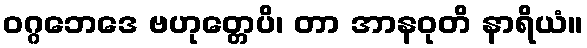
ဝဂ္ဂဘေဒေ ဗဟုတ္တေပိ၊ တာ အာနဝုတိ နာရိယံ။